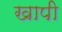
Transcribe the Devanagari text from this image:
खापी